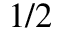
1 / 2